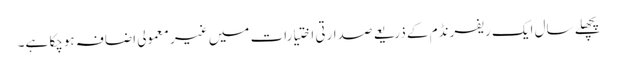
پچھلے سال ایک ریفرنڈم کے ذریعے صدارتی اختیارات میں غیر معمولی اضافہ ہوچکا ہے۔